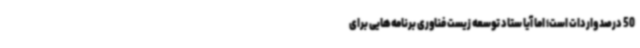
50 درصد واردات است؛ اما آیا ستاد توسعه زیست فناوری برنامه‌هایی برای